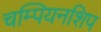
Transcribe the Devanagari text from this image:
चम्पियनशिप